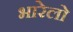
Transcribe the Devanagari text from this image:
भारेलो